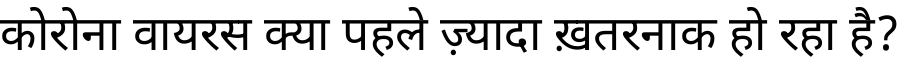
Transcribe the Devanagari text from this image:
कोरोना वायरस क्या पहले ज़्यादा ख़तरनाक हो रहा है?